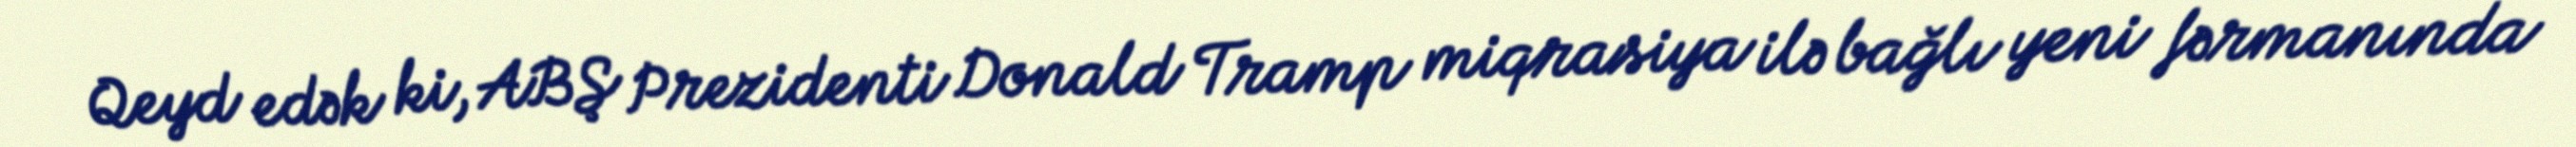
Qeyd edək ki, ABŞ Prezidenti Donald Tramp miqrasiya ilə bağlı yeni fərmanında